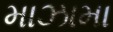
માઝામા